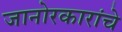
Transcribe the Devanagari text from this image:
जानोरकारांचे